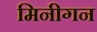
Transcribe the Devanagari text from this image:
मिनीगन